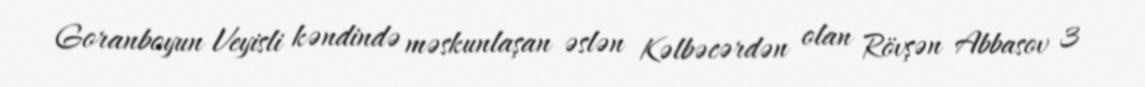
Goranboyun Veyisli kəndində məskunlaşan əslən Kəlbəcərdən olan Rövşən Abbasov 3